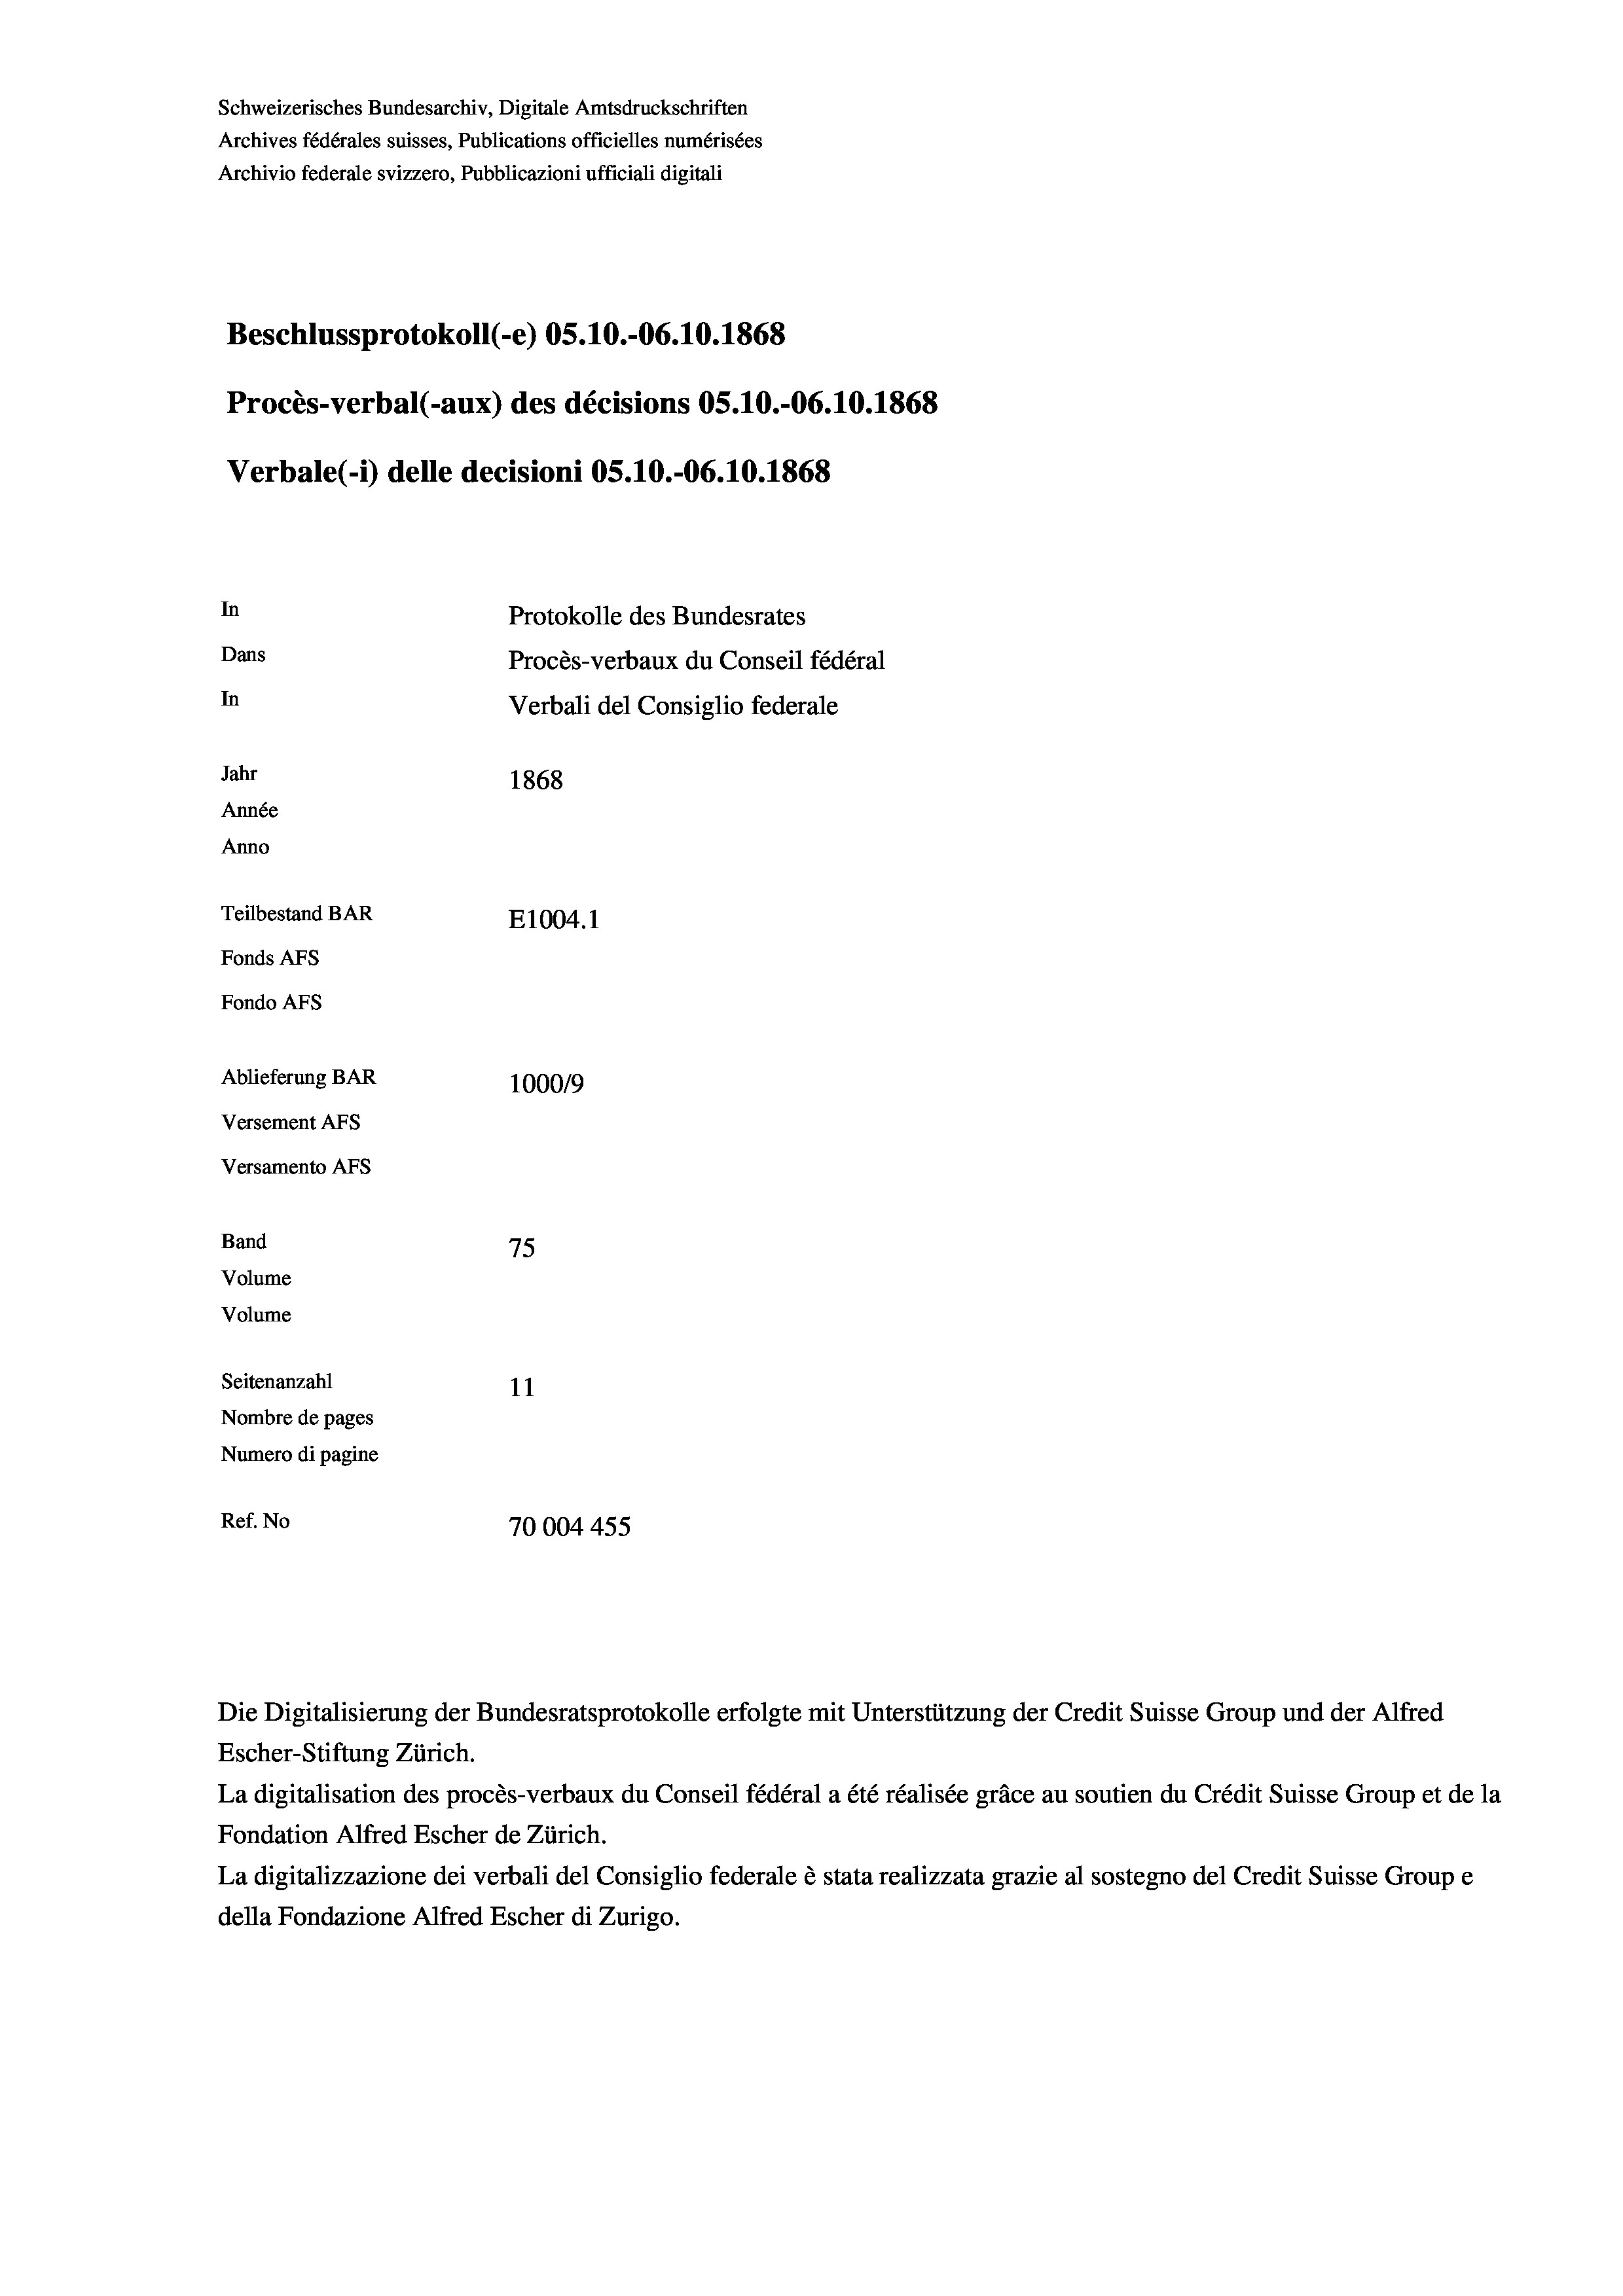
Schweizerisches Bundesarchiv, Digitale Amtsdruckschriften
Archives fédérales suisses, Publications officielles numérisées
Archivio federale svizzero, Pubblicazioni ufficiali digitali
Beschlussprotokoll (-e) OS.10.-06.10.1868
Procès-verbal (-aux) des décisions OS.10.-06.10.1868
Verbale (- 1) delle decisioni OS.10.-06. 10. 1868
In
Protokolle des Bundesrates
Dans
Procès-verbaux du Conseil fédéral
In
Verbali del Consiglio federale
Jahr
1868
Année
Anno
Teilbestand BAR
E1004. 1
Fonds AFs
Fondo Afs
Ablieferung BAR
100019
Versement AFs
Versamento AFs
Band
75
Volume
Volume
Seitenanzahl
11
Nombre de pages
Numero di pagine
Ref. No
70004 455

Die Digitalisierung der Bundesratsprotokolle erfolgte mit Unterstützung der Credit Suisse Group und der Alfred
Escher-Stiftung Zürich.
La digitalisation des procès-verbaux du Conseil fédéral a été réalisée gräce au soutien du Crédit Suisse Group et de la
Fondation Alfred Escher de Zürich.
La digitalizzazione dei verbali del Consiglio federale è stata realizzata grazie al sostegno del Credit Suisse Groupe
della Fondazione Alfred Escher di Zurigo.